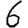
Digit: 6